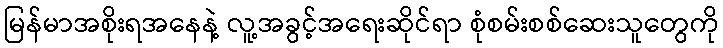
မြန်မာအစိုးရအနေနဲ့ လူ့အခွင့်အရေးဆိုင်ရာ စုံစမ်းစစ်ဆေးသူတွေကို